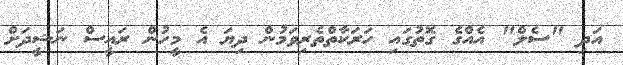
އަދި "ސެލް" އެއްގެ ގޮތުގައި ހަރަކާތްތެރިވަމުން ދިޔަ އެ މީހުން ރައީސް ނަޝީދަށް